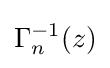
\Gamma _{n}^{-1}(z)